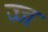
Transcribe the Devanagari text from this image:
ज्ज